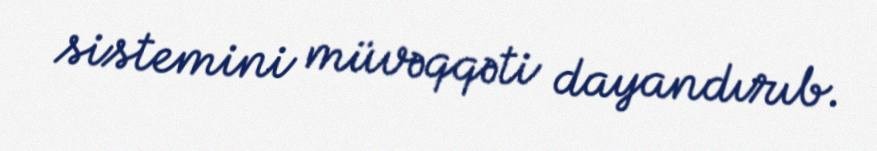
sistemini müvəqqəti dayandırıb.